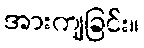
အားကျခြင်း။